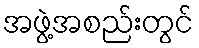
အဖွဲ့အစည်းတွင်